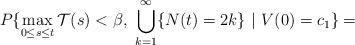
LaTeX: \begin{align*}P\{\max_{0\le s\le t}\mathcal{T}(s)< \beta,\ \bigcup_{k=1}^\infty \{N(t) = 2k\}\ |\ V(0) = c_1\} = \end{align*}